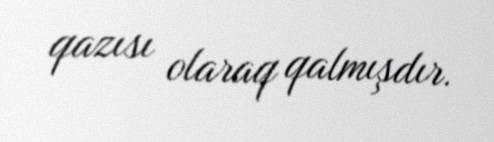
qazısı olaraq qalmışdır.